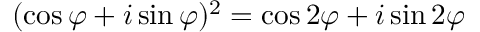
( \cos \varphi + i \sin \varphi ) ^ { 2 } = \cos 2 \varphi + i \sin 2 \varphi